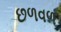
છળવળ